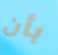
بأن